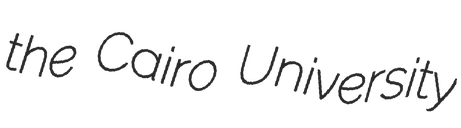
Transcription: the Cairo University